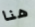
هنا